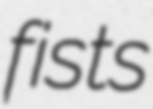
fists